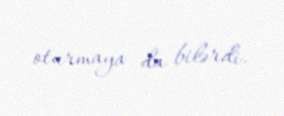
oturmaya da bilərdi.